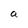
Character: a